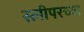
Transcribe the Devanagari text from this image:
स्लीपरच्या